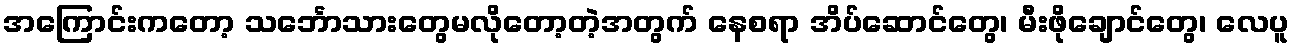
အကြောင်းကတော့ သင်္ဘောသားတွေမလိုတော့တဲ့အတွက် နေစရာ အိပ်ဆောင်တွေ၊ မီးဖိုချောင်တွေ၊ လေပူ